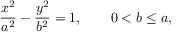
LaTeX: { \frac { x ^ { 2 } } { a ^ { 2 } } } - { \frac { y ^ { 2 } } { b ^ { 2 } } } = 1 , \qquad 0 < b \leq a ,